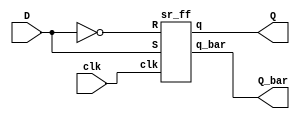
`timescale 1ns / 1ps
//////////////////////////////////////////////////////////////////////////////////
// Company: 
// Engineer: 
// 
// Design Name: 
// Module Name:    dsr 
// Project Name: 
// Target Devices: 
// Tool versions: 
// Description: 
//
// Dependencies: 
//
// Revision: 
// Revision 0.01 - File Created
// Additional Comments: 
//
//////////////////////////////////////////////////////////////////////////////////
module dsr(clk,D,Q,Q_bar);
input clk, D;
output Q,Q_bar;

sr_ff SRF(clk, D,~D, Q,Q_bar );
endmodule


module sr_ff(clk,S,R, q,q_bar);
input clk,S,R;
output reg q;
output q_bar;

always@(posedge clk)
begin
  case({S,R})
    2'b00: q <= q;
  2'b01: q <= 1'b0;
  2'b10: q <= 1'b1;
  2'b11: q <= 1'bx;
  endcase
end

assign q_bar = ~q;
endmodule